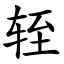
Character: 轾